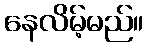
နေလိမ့်မည်။